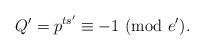
LaTeX: \begin{align*}Q'=p^{ts'}\equiv -1 \ (\textrm{mod}\ e').\end{align*}